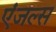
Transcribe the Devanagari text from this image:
एंजल्‍स